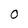
Character: 0